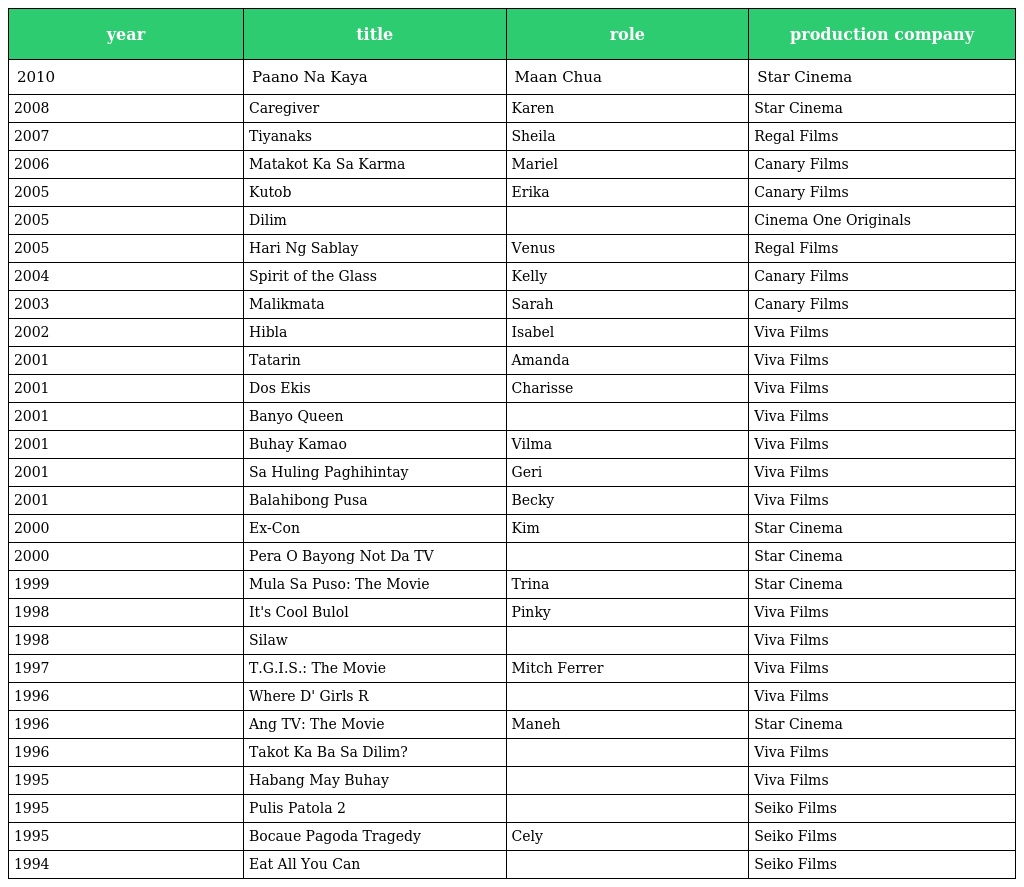
| year | title | role | production company |
 | --- | --- | --- | --- |
 | 2010 | Paano Na Kaya | Maan Chua | Star Cinema |
 | 2008 | Caregiver | Karen | Star Cinema |
 | 2007 | Tiyanaks | Sheila | Regal Films |
 | 2006 | Matakot Ka Sa Karma | Mariel | Canary Films |
 | 2005 | Kutob | Erika | Canary Films |
 | 2005 | Dilim |  | Cinema One Originals |
 | 2005 | Hari Ng Sablay | Venus | Regal Films |
 | 2004 | Spirit of the Glass | Kelly | Canary Films |
 | 2003 | Malikmata | Sarah | Canary Films |
 | 2002 | Hibla | Isabel | Viva Films |
 | 2001 | Tatarin | Amanda | Viva Films |
 | 2001 | Dos Ekis | Charisse | Viva Films |
 | 2001 | Banyo Queen |  | Viva Films |
 | 2001 | Buhay Kamao | Vilma | Viva Films |
 | 2001 | Sa Huling Paghihintay | Geri | Viva Films |
 | 2001 | Balahibong Pusa | Becky | Viva Films |
 | 2000 | Ex-Con | Kim | Star Cinema |
 | 2000 | Pera O Bayong Not Da TV |  | Star Cinema |
 | 1999 | Mula Sa Puso: The Movie | Trina | Star Cinema |
 | 1998 | It's Cool Bulol | Pinky | Viva Films |
 | 1998 | Silaw |  | Viva Films |
 | 1997 | T.G.I.S.: The Movie | Mitch Ferrer | Viva Films |
 | 1996 | Where D' Girls R |  | Viva Films |
 | 1996 | Ang TV: The Movie | Maneh | Star Cinema |
 | 1996 | Takot Ka Ba Sa Dilim? |  | Viva Films |
 | 1995 | Habang May Buhay |  | Viva Films |
 | 1995 | Pulis Patola 2 |  | Seiko Films |
 | 1995 | Bocaue Pagoda Tragedy | Cely | Seiko Films |
 | 1994 | Eat All You Can |  | Seiko Films |